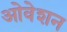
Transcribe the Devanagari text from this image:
ओवेशन